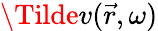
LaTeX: \Tilde{v}(\vec{r},\omega)